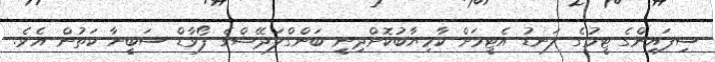
ސިފައިންގެ ޓީމުގެ ލަނޑު އެޓީމަށް ކާމިޔާބުކޮށްދިނީ ބަންގްލަދޭޝްގެ ފޯވާޑް ސަބީނާ ކަތުން އެވެ.